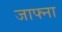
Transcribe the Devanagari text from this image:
जाफ्ना